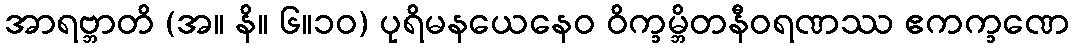
အာရဗ္ဘာတိ (အ။ နိ။ ၆။၁၀) ပုရိမနယေနေဝ ဝိက္ခမ္ဘိတနီဝရဏဿ ဧကက္ခဏေ